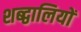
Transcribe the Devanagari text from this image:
शब्द्वालियों